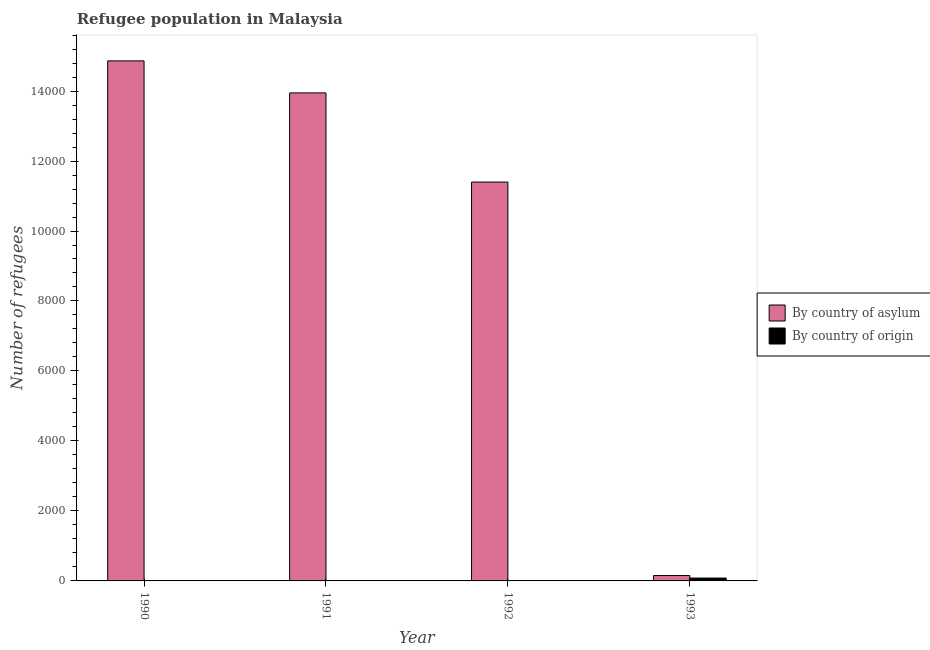
| Year | By country of asylum | By country of origin |
 | --- | --- | --- |
 | 1990 | 1.49e+04 | 3 |
 | 1991 | 1.39e+04 | 4 |
 | 1992 | 1.14e+04 | 4 |
 | 1993 | 154 | 82 |